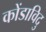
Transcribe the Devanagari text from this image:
कोंडाविदु